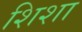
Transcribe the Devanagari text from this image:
शिशा